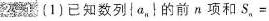
2-1 (1)已知数列\left\{ a_{n}\right\}的前n项和S_{n}=